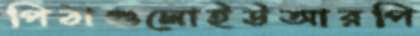
পিঠাগুলোইউআরপি